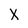
Character: X